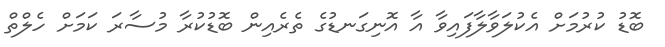
ބޮޑު ކުރުމަށް އެކުލަވާލާފައިވާ އާ އޮނިގަނޑުގެ ތެރެއިން ބޮޑުކުރާ މުސާރަ ކަމަށް ހެލްތް